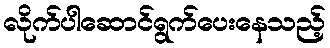
လိုက်ပါဆောင်ရွက်ပေးနေသည့်